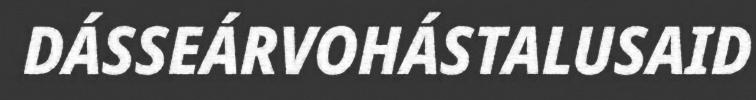
DÁSSEÁRVOHÁSTALUSAID